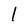
Character: I